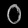
Digit: ၀